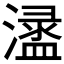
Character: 𣿍